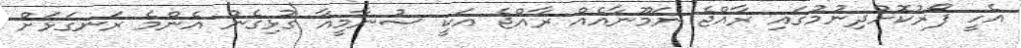
އެހީ ފޯރުކޮށްދިނުމުގައި ރާއްޖެ ނަމޫނާއެއް ރާއްޖެ އަކީ ސުނާމީއާ ގުޅިގެން އެންމެ ރަނގަޅަށް